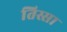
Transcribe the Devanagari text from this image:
तिस्सा